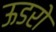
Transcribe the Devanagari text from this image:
ऊडरो